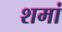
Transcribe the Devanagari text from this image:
शमां